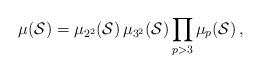
LaTeX: \begin{align*}\mu(\mathcal{S})=\mu_{2^2}(\mathcal{S})\,\mu_{3^2}(\mathcal{S})\prod_{p>3}\mu_{p}(\mathcal{S})\,,\end{align*}